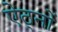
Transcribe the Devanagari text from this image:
ऐठ्नों